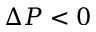
\Delta P < 0